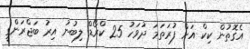
އެގޮތުން ކިކް އަށް ފުރަތަމަ ދުވަހު 25 ކްރޯޑް ލިބުނު އިރު ބަޖްރަންގީ